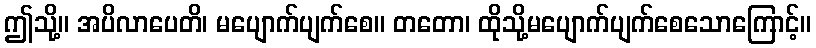
ဤသို့။ အပိလာပေတိ၊ မပျောက်ပျက်စေ။ တတော၊ ထိုသို့မပျောက်ပျက်စေသောကြောင့်။